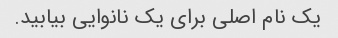
یک نام اصلی برای یک نانوایی بیابید.